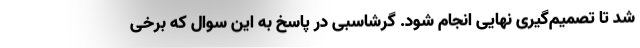
شد تا تصمیم‌گیری نهایی انجام شود. گرشاسبی در پاسخ به این سوال که برخی